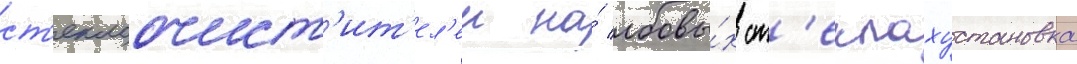
ст'еклоочист'ит'ел'еи на́ лобовы́х ст'еклахустановка